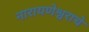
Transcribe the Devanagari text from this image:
नारायणेश्वराचे